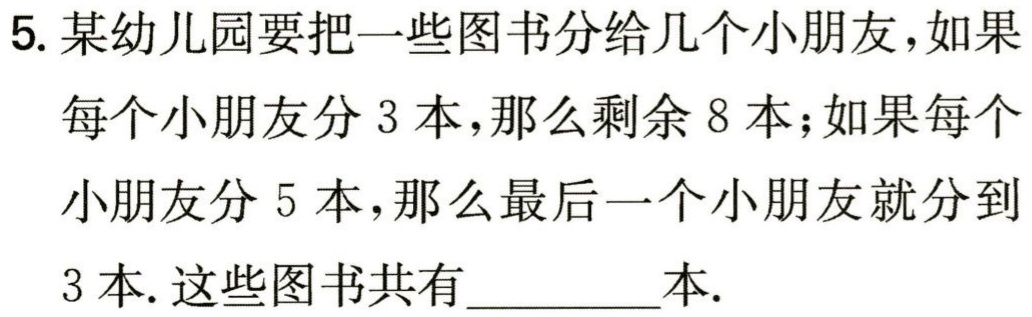
5. 某幼儿园要把一些图书分给几个小朋友，如果每个小朋友分 3 本，那么剩余 8 本；如果每个小朋友分 5 本，那么最后一个小朋友就分到3 本. 这些图书共有_________本.